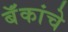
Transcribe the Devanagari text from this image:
बॅंकांचे